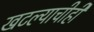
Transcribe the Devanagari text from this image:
खटल्याचीही